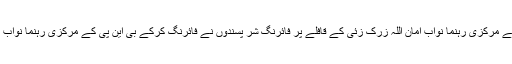
خضدار کے علاقے زہری میں نامعلوم افراد بی این پی کے مرکزی رہنما نواب امان اللہ زرک زئی کے قافلے پر فائرنگ شر پسندوں نے فائرنگ کرکے بی این پی کے مرکزی رہنما نواب امان اللہ زرک زئی اور ان کے 3 ساتھیوں کو قتل کردیا۔